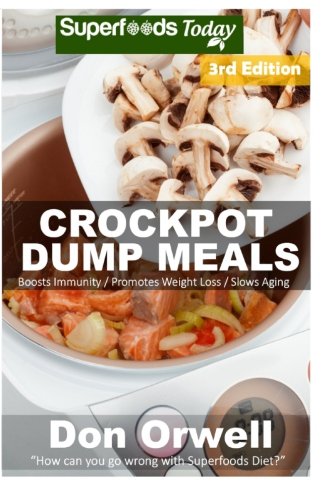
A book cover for Crockpot Dump Meals: Third Edition - 80+ Dump Meals, Dump Dinners Recipes, Antioxidants & Phytochemicals: Soups Stews and Chilis, Gluten Free Cooking, ... Cookbook-Slow Cooker Meals) (Volume 100); Don Orwell; Cookbooks, Food & Wine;